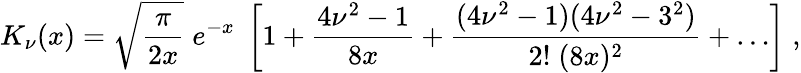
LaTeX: K_{\nu}(x)=\sqrt{\frac{\pi}{2x}}\; e^{-x}\; \left[1+{\frac{4\nu^{2}-1}{8x}}+{\frac{(4\nu^{2}-1)(4\nu^{2}-3^{2})}{2!\; (8x)^{2}}}+\dots\right]\; ,